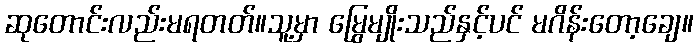
ဆုတောင်းလည်းမရတတ်။သူ့မှာ မြွေမျိုးသည်နှင့်ပင် မဂိန်းတော့ချေ။